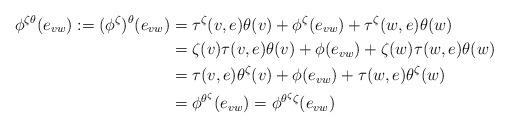
LaTeX: \begin{align*}\phi^{\zeta\theta}(e_{vw}) := (\phi^\zeta)^\theta(e_{vw}) &= \tau^\zeta(v,e)\theta(v) + \phi^\zeta(e_{vw}) + \tau^\zeta(w,e)\theta(w) \\&= \zeta(v)\tau(v,e)\theta(v) + \phi(e_{vw}) + \zeta(w)\tau(w,e)\theta(w) \\&= \tau(v,e)\theta^\zeta(v) + \phi(e_{vw}) + \tau(w,e)\theta^\zeta(w) \\&= \phi^{\theta^\zeta}(e_{vw}) = \phi^{\theta^\zeta \zeta}(e_{vw}) \end{align*}